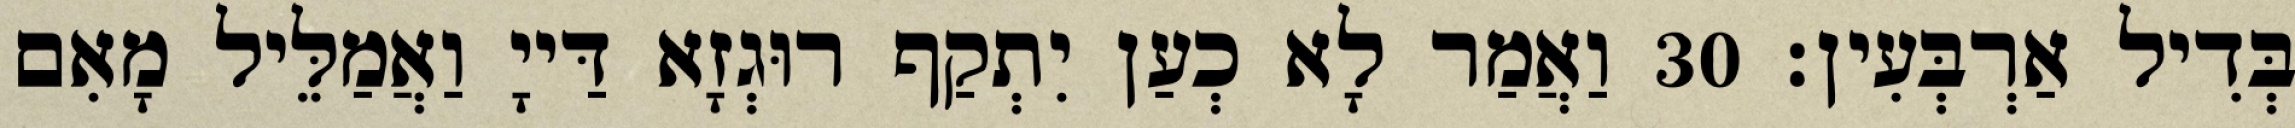
בְּדִיל אַרְבְּעִין׃ 30 וַאֲמַר לָא כְעַן יִתְקַף רוּגְזָא דַּייָ וַאֲמַלֵּיל מָאִם